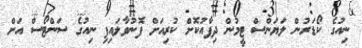
ނިއުގެ ކޯޑަރުން ލަޔަންސް ޓީމުން ދިފާއުކޮށް ކުރިއަށް ފޮނުވާލައިފި ނިއުގެ ސަންޓޯސް އަށް